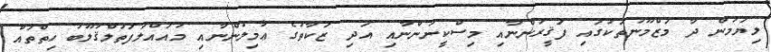
ލިޔަމުން ދާ މަޒްމޫނުތަކުގައި ފަޤީރުންނާއި މިސްކީނުންނާއި އަދި ޒަކާތުގެ ޢާމިލުންނާއި މުއައްލަފަތުލްޤުލޫބު ހިތްތައް